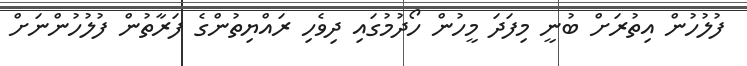
ފުލުހުން އިތުރަށް ބުނީ މިފަދަ މީހުން ހޯދުމުގައި ދިވެހި ރައްޔިތުންގެ ފަރާތުން ފުލުހުންނަށް